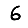
Digit: 6